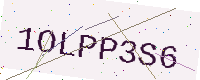
Text: 1OLPP3S6